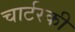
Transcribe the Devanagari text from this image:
चार्टरकी